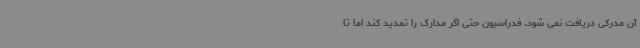
آن مدرکی دریافت نمی شود. فدراسیون حتی اگر مدارک را تمدید کند اما تا